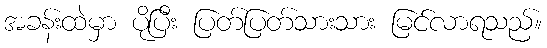
အခန်းထဲမှာ ပိုပြီး ပြတ်ပြတ်သားသား မြင်လာရသည်။